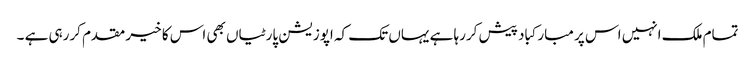
تمام ملک انہیں اس پر مبارکباد پیش کررہا ہے یہاں تک کہ اپوزیشن پارٹیاں بھی اس کا خیر مقدم کررہی ہے ۔